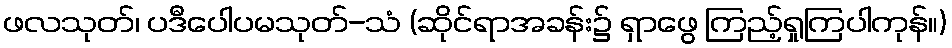
ဖလသုတ်၊ ပဒီပေါပမသုတ်-သံ (ဆိုင်ရာအခန်း၌ ရှာဖွေ ကြည့်ရှုကြပါကုန်။)